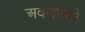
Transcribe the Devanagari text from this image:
अवलोकने